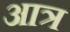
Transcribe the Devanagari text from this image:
आत्र